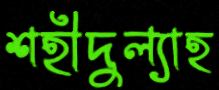
শহীদুল্যাহ